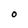
Character: O